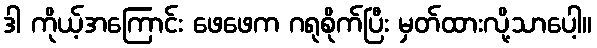
ဒါ ကိုယ့်အကြောင်း ဖေဖေက ဂရုစိုက်ပြီး မှတ်ထားလို့သာပေါ့။